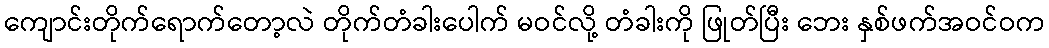
ကျောင်းတိုက်ရောက်တော့လဲ တိုက်တံခါးပေါက် မဝင်လို့ တံခါးကို ဖြုတ်ပြီး ဘေး နှစ်ဖက်အဝင်ဝက